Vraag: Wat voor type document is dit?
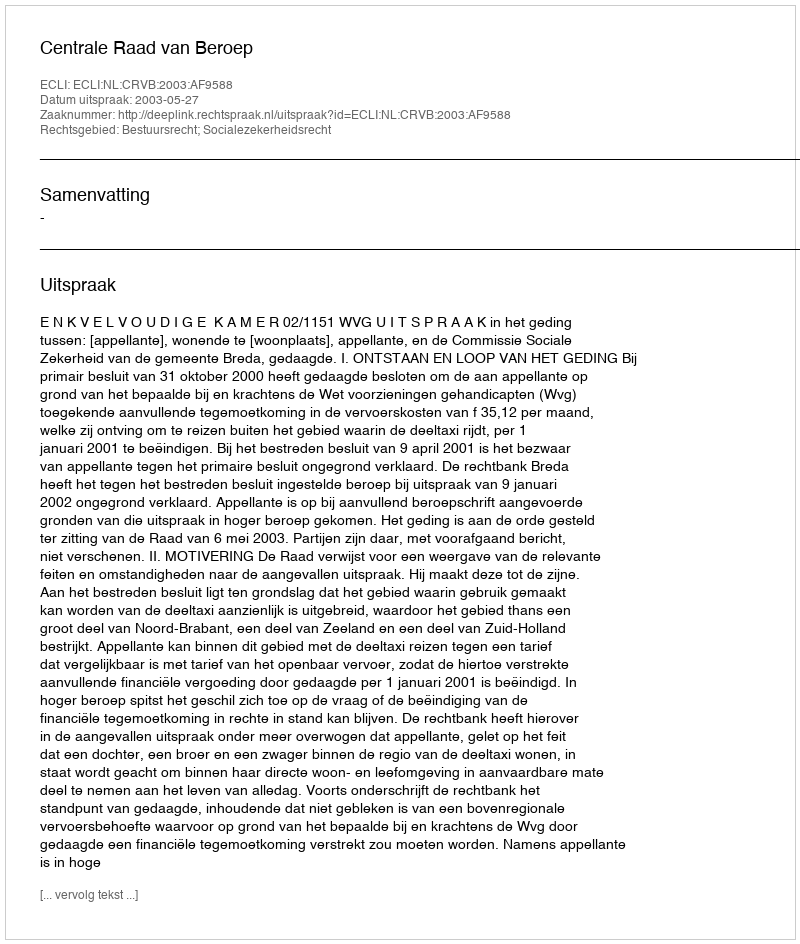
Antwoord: Uitspraak